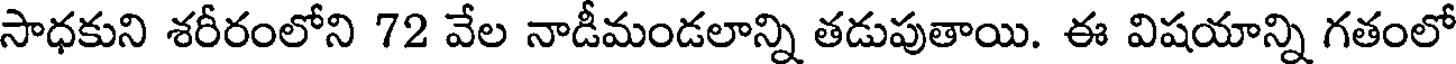
సాధకుని శరీరంలోని 72 వేల నాడీమండలాన్ని తడుపుతాయి. ఈ విషయాన్ని గతంలో